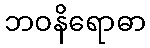
ဘဝနိရောဓာ